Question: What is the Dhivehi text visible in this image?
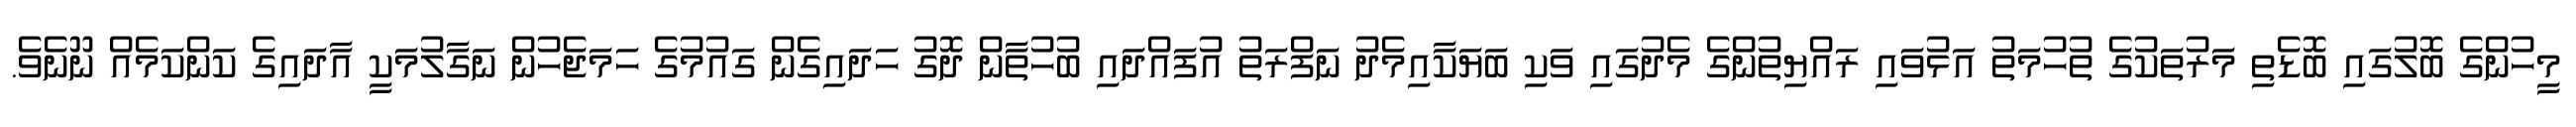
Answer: މީހުންގެ ބޮލުގައި ބޮޑެތި މަރުތަކުގެ ތުހުމަތު އަޅުވައި ރައްޔިތުންގެ މެދުގައި ވަކި ބަޔަކާއިމެދު ނަފްރަތު އުފައްދައި ބުހުތާން ދޮގު ހަދައިގެން ގައުމުގެ ހަމަޖެހުން ނަގާލުމަކީ އާދައިގެ ކަންކަމެއް ނޫނެވެ.